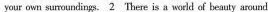
your ǔwn surounclinga. \underline{2}There is a world of beauty around